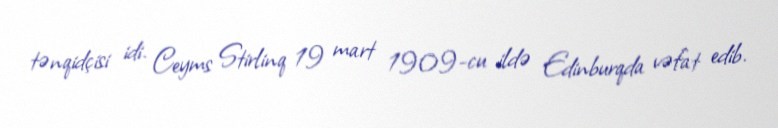
tənqidçisi idi. Ceyms Stirlinq 19 mart 1909-cu ildə Edinburqda vəfat edib.